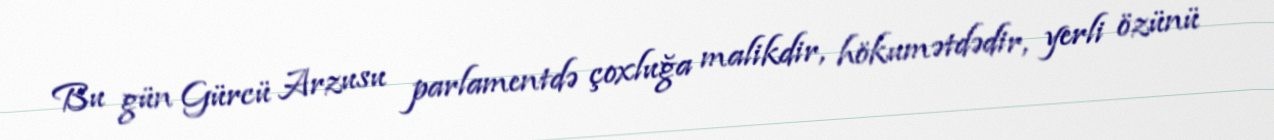
Bu gün Gürcü Arzusu parlamentdə çoxluğa malikdir, hökumətdədir, yerli özünü